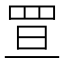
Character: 𦊥